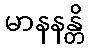
မာနနန္တိ